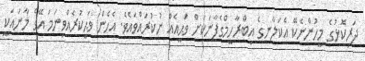
ދަރިކޮޅުގެ މީހުންނެކޭ އެކަލާނގެ އިބްރާހީމްގެފާނަކަށް ވަޙީއެއް ނުކުރައްވައެވެ. އެހެން ވަޙީކުރެއްވިނަމަ އޭގެ މާނައަކީ